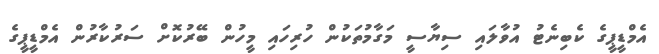
އެމްޑީޕީގެ ކެބިނެޓު އުވާލައި ސިޔާސީ މަގާމުތަކުން ހުރިހައި މީހުން ބޭރުކޮށް ސަރުކާރުން އެމްޑީޕީގެ